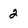
Character: 2